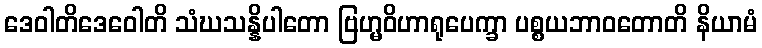
ဒေဝါတိဒေဝေါတိ သံဃသန္နိပါတော ဗြဟ္မဝိဟာရုပေက္ခာ ပစ္စယဘာဝတောတိ နိယာမံ